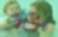
দকু